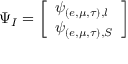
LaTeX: \Psi _ { I } = \left[ \begin{array} { l } { { \psi _ { ( e , \mu , \tau ) , l } } } \\ { { \psi _ { ( e , \mu , \tau ) , S } } } \end{array} \right]